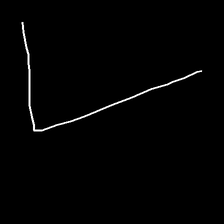
Glyph: region